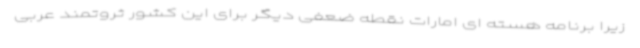
زیرا برنامه هسته ای امارات نقطه ضعفی دیگر برای این کشور ثروتمند عربی